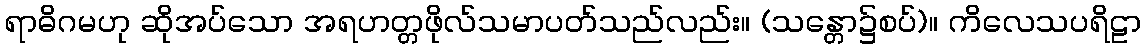
ရာဓိဂမဟု ဆိုအပ်သော အရဟတ္တဖိုလ်သမာပတ်သည်လည်း။ (သန္တော၌စပ်)။ ကိလေသပရိဠာ